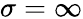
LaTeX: \sigma=\infty